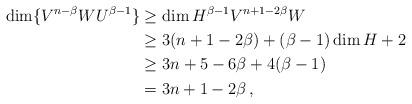
LaTeX: \begin{align*}\dim \{V^{n-\beta}WU^{\beta-1}\}&\geq \dim H^{\beta-1} V^{n+1-2\beta}W\\&\geq 3(n+1-2\beta)+ (\beta-1)\dim H+2\\&\geq 3n+5-6\beta+4(\beta-1)\\&=3n+1-2\beta\,,\end{align*}